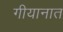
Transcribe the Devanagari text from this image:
गीयानात